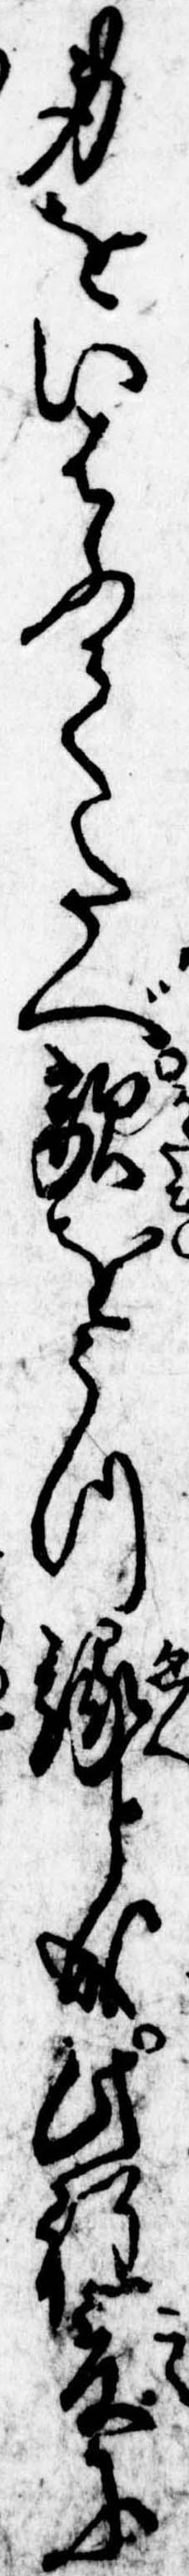
身をいはふてたべ敵をうつ縁と成此程爰に